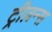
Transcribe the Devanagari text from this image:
ट्रीज़न्स